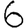
Digit: 6